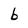
Character: b